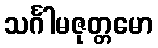
သင်္ဂါမဇုတ္တမော